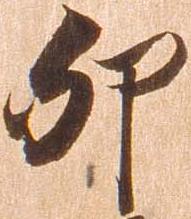
卯